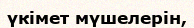
үкімет мүшелерін,